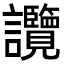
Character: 𧮤